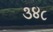
૩૪૮